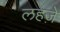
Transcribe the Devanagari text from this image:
लहजे़